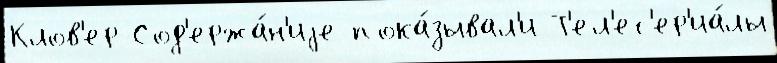
Клов'ер Сод'ержа́н'иjе пока́зывал'и Т'ел'ес'ер'иа́лы